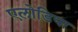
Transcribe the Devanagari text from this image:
एलोडिया